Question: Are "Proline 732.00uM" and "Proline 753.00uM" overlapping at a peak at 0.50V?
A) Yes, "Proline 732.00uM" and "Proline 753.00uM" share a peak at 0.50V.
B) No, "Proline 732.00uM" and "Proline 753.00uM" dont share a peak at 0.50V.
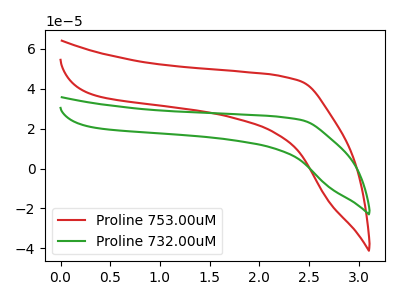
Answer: <think>The red curve "Proline 753.00uM" has no peaks. The green curve "Proline 732.00uM" has no peaks.</think>
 <answer>B) No, "Proline 732.00uM" and "Proline 753.00uM" dont share a peak at 0.50V.</answer>
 <eval>B</eval>